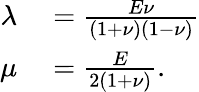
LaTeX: \begin{array}{rl}{\lambda}&{{}=\frac{E\nu}{(1+\nu)(1-\nu)}}\\ {\mu}&{{}=\frac{E}{2(1+\nu)}.}\end{array}